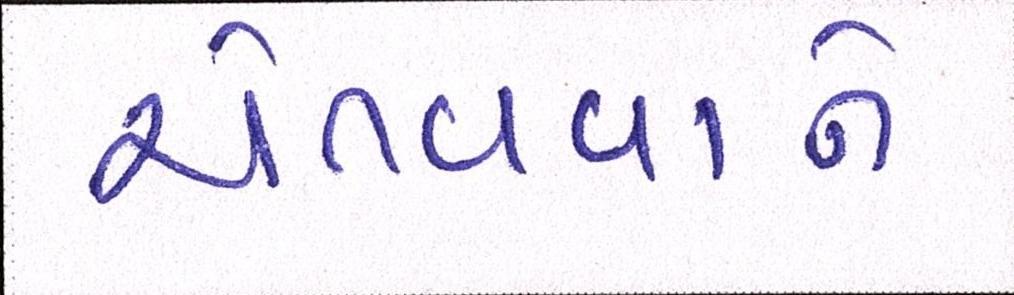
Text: ચેતવવાને